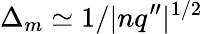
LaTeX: \Delta_{m}\simeq 1/|nq^{\prime\prime}|^{1/2}